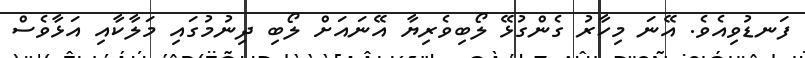
ފަނޑުވިއެވެ. އޭނަ މިހާރު ގެންގުޅޭ ލޯބިވެރިޔާ އޭނައަށް ލޯބި ދިނުމުގައި މަލާކާއި އަޅާވެސް